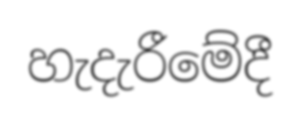
හැදැරීමේදී